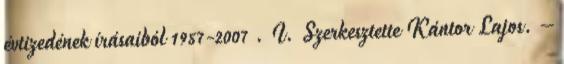
évtizedének írásaiból 1957-2007 . I. Szerkesztette Kántor Lajos. –